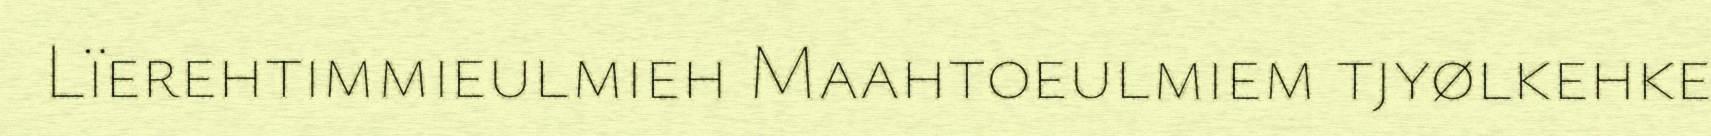
Lïerehtimmieulmieh Maahtoeulmiem tjyølkehke